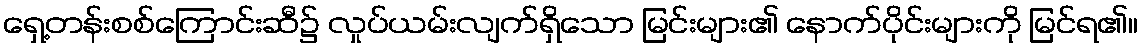
ရှေ့တန်းစစ်ကြောင်းဆီ၌ လှုပ်ယမ်းလျက်ရှိသော မြင်းများ၏ နောက်ပိုင်းများကို မြင်ရ၏။